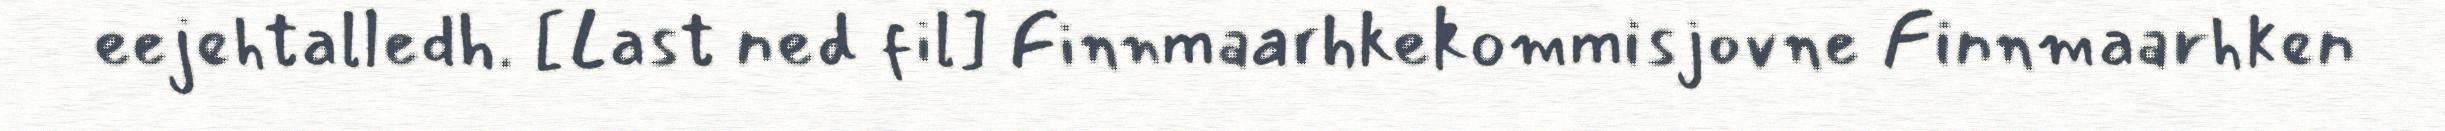
eejehtalledh. [Last ned fil] Finnmaarhkekommisjovne Finnmaarhken